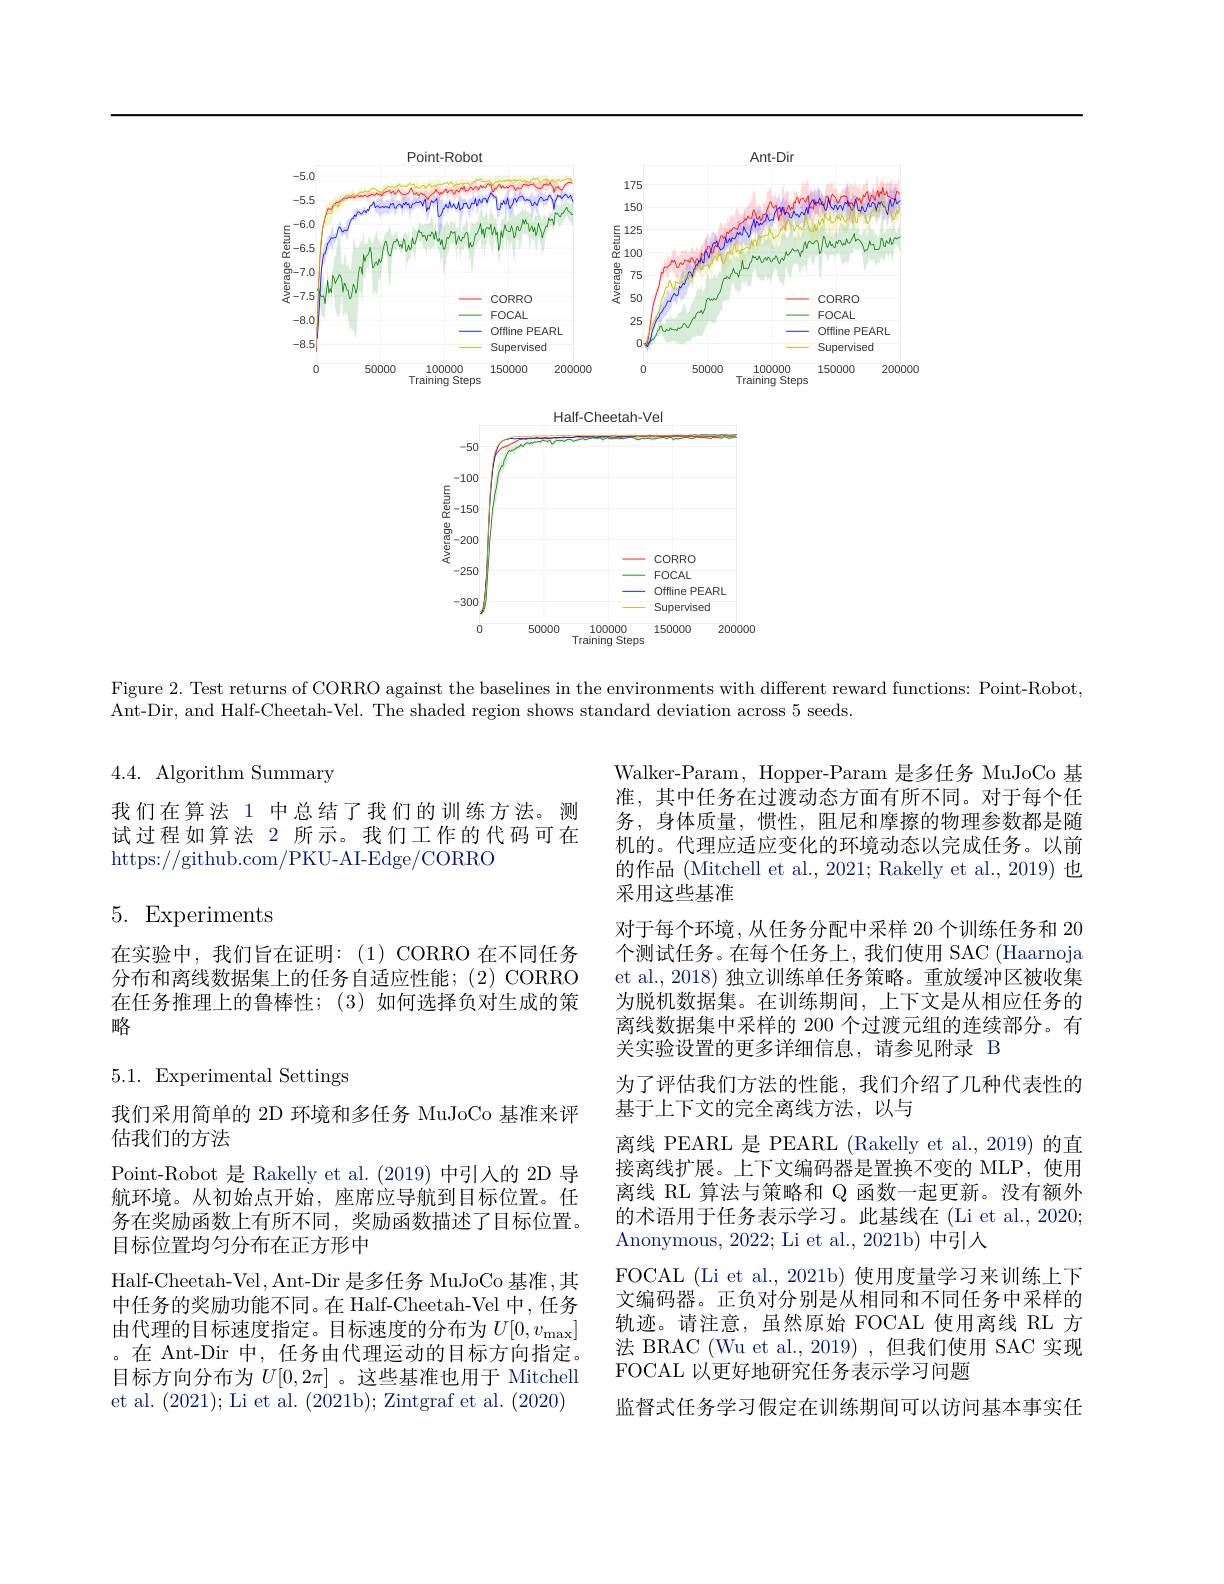
<FigureHere>

Figure 2. Test returns of CORRO against the baselines in the environments with different reward functions: Point-Robot,

Ant-Dir, and Half-Cheetah-Vel. The shaded region shows standard deviation across 5 seeds.

4.4. Algorithm Summary

我们在算法 1 中总结了我们的训练方法。测试过程如算法 2 所示。我们工作的代码可在https://github.com/PKU-AI-Edge/CORRO

5. Experiments

在实验中，我们旨在证明：(1)CORRO 在不同任务分布和离线数据集上的任务自适应性能；(2) CORRO 在任务推理上的鲁棒性；(3)如何选择负对生成的策略

# 5.1. Experimental Settings

Walker-Param, Hopper-Param 是多任务 MuJoCo 基准，其中任务在过渡动态方面有所不同。对于每个任务，身体质量，惯性，阻尼和摩擦的物理参数都是随机的。代理应适应变化的环境动态以完成任务。以前的作品 (Mitchell et al., 2021; Rakelly et al., 2019) 也采用这些基准
对于每个环境，从任务分配中采样 20 个训练任务和 20个测试任务。在每个任务上，我们使用 SAC (Haarnoja et al., 2018) 独立训练单任务策略。重放缓冲区被收集为脱机数据集。在训练期间，上下文是从相应任务的离线数据集中采样的 200 个过渡元组的连续部分。有关实验设置的更多详细信息，请参见附录 B
为了评估我们方法的性能，我们介绍了几种代表性的
基于上下文的完全离线方法，以与
离线 PEARL 是 PEARL (Rakelly et al., 2019) 的直接离线扩展。上下文编码器是置换不变的 MLP,使用离线 RL 算法与策略和 Q 函数一起更新。没有额外的术语用于任务表示学习。此基线在 (Li et al., 2020; Anonymous, 2022; Li et al., 2021b) 中引人
FOCAL (Li et al., 2021b) 使用度量学习来训练上下文编码器。正负对分别是从相同和不同任务中采样的轨迹。请注意，虽然原始 FOCAL 使用离线 RL 方法 BRAC (Wu et al.,2019) ,但我们使用 SAC 实现FOCAL 以更好地研究任务表示学习问题
监督式任务学习假定在训练期间可以访问基本事实任

我们采用简单的 2D 环境和多任务 MuJoCo 基准来评
估我们的方法
Point-Robot 是 Rakelly et al. (2019) 中引入的 2D 导航环境。从初始点开始，座席应导航到目标位置。任务在奖励函数上有所不同，奖励函数描述了目标位置。目标位置均匀分布在正方形中
Half-Cheetah-Vel, Ant-Dir 是多任务 MuJoCo 基准，其中任务的奖励功能不同。在 Half-Cheetah-Vel 中，任务由代理的目标速度指定。目标速度的分布为$U[0,v_\mathrm{max}]$ 。在 Ant-Dir 中，任务由代理运动的目标方向指定。目标方向分布为$U[0,2\pi]$ 。这些基准也用于 Mitchell et al. (2021); Li et al. (2021b); Zintgraf et al. (2020)